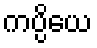
ကပ္ပိယေ